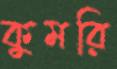
কুমরি